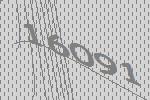
16091